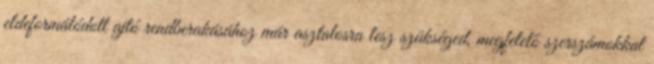
eldeformálódott ajtó rendberakásához már asztalosra lesz szükséged, megfelelő szerszámokkal